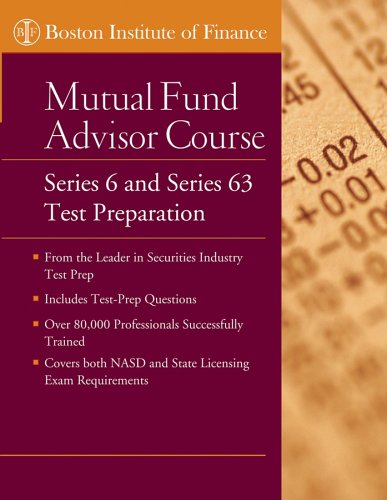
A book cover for The Boston Institute of Finance Mutual Fund Advisor Course: Series 6 and Series 63 Test Prep; Boston Institute of Finance; Business & Money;